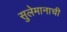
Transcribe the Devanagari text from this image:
सुलेमानाची